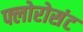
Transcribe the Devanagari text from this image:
फ्लोरोसंट